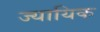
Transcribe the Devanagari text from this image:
ज्यायिक